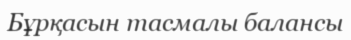
Бұрқасын тасмалы балансы